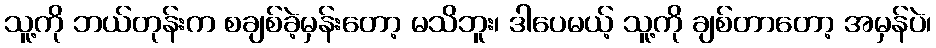
သူ့ကို ဘယ်တုန်းက စချစ်ခဲ့မှန်းတော့ မသိဘူး၊ ဒါပေမယ့် သူ့ကို ချစ်တာတော့ အမှန်ပဲ၊